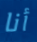
أنا